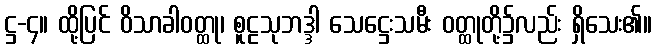
ဋ္ဌ-၄။ ထို့ပြင် ဝိသာခါဝတ္ထု၊ စူဠသုဘဒ္ဒါ သေဋ္ဌေးသမီး ဝတ္ထုတို့၌လည်း ရှိသေး၏။